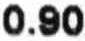
0.90